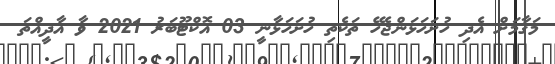
މަޤާމަށް އެދި ހުށަހަޅަންޖެހޭ ތަކެތި ހުށަހަޅާނީ 03 އޮކްޓޫބަރު 2021 ވާ އާދީއްތަ